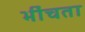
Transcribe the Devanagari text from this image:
भींचता